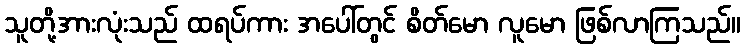
သူတို့အားလုံးသည် ထရပ်ကား အပေါ်တွင် စိတ်မော လူမော ဖြစ်လာကြသည်။